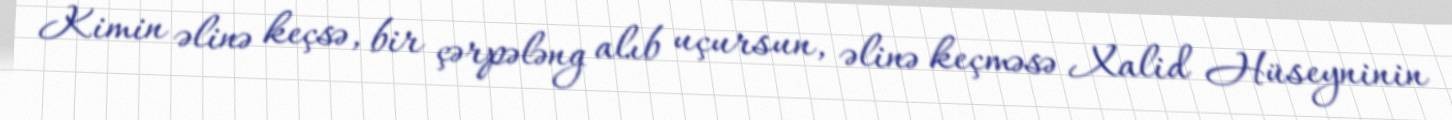
Kimin əlinə keçsə, bir çərpələng alıb uçursun, əlinə keçməsə Xalid Hüseyninin